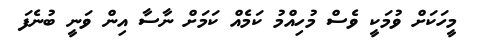
މީހަކަށް ވުމަކީ ވެސް މުހިއްމު ކަމެއް ކަމަށް ނާސާ އިން ވަނީ ބުނެފަ